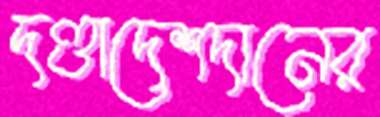
দণ্ডাদেশদানের